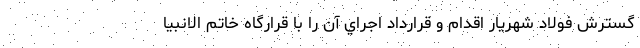
گسترش فولاد شهريار اقدام و قرارداد اجراي آن را با قرارگاه خاتم الانبيا